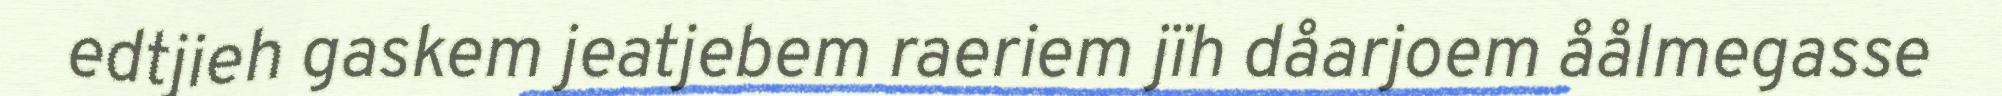
edtjieh gaskem jeatjebem raeriem jïh dåarjoem åålmegasse